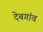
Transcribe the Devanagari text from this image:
देबगांव